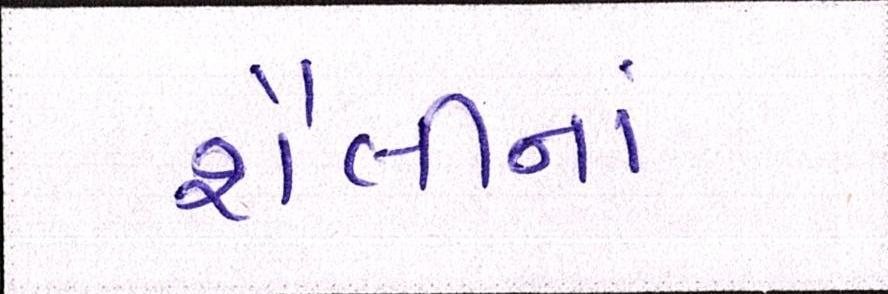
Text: શૈલીનાં